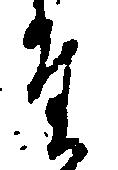
た